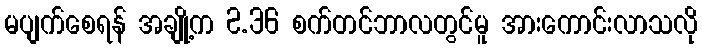
မပျက်စေရန် အချို့က 2.36 စက်တင်ဘာလတွင်မူ အားကောင်းလာသလို